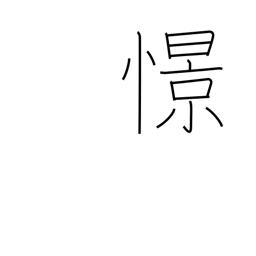
Meaning: yearn for